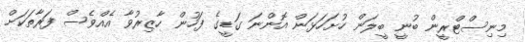
މިނިސްޓްރީން ބުނީ ބީލަން ހުށަހަޅަން އޮންނަ ގަޑީގެ ފަހުން ހާޒިރުވާ އެއްވެސް ފަރާތަކަށް